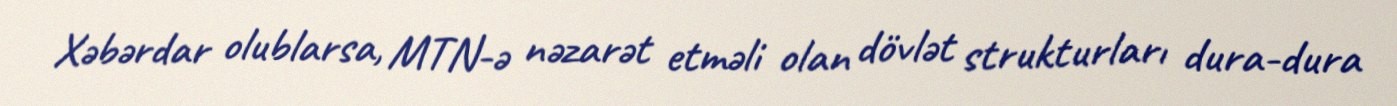
Xəbərdar olublarsa, MTN-ə nəzarət etməli olan dövlət strukturları dura-dura